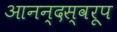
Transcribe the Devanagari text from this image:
आनन्दस्वरूप